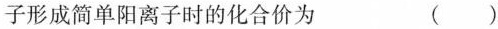
子形成简单阳离子时的化合价为 ()